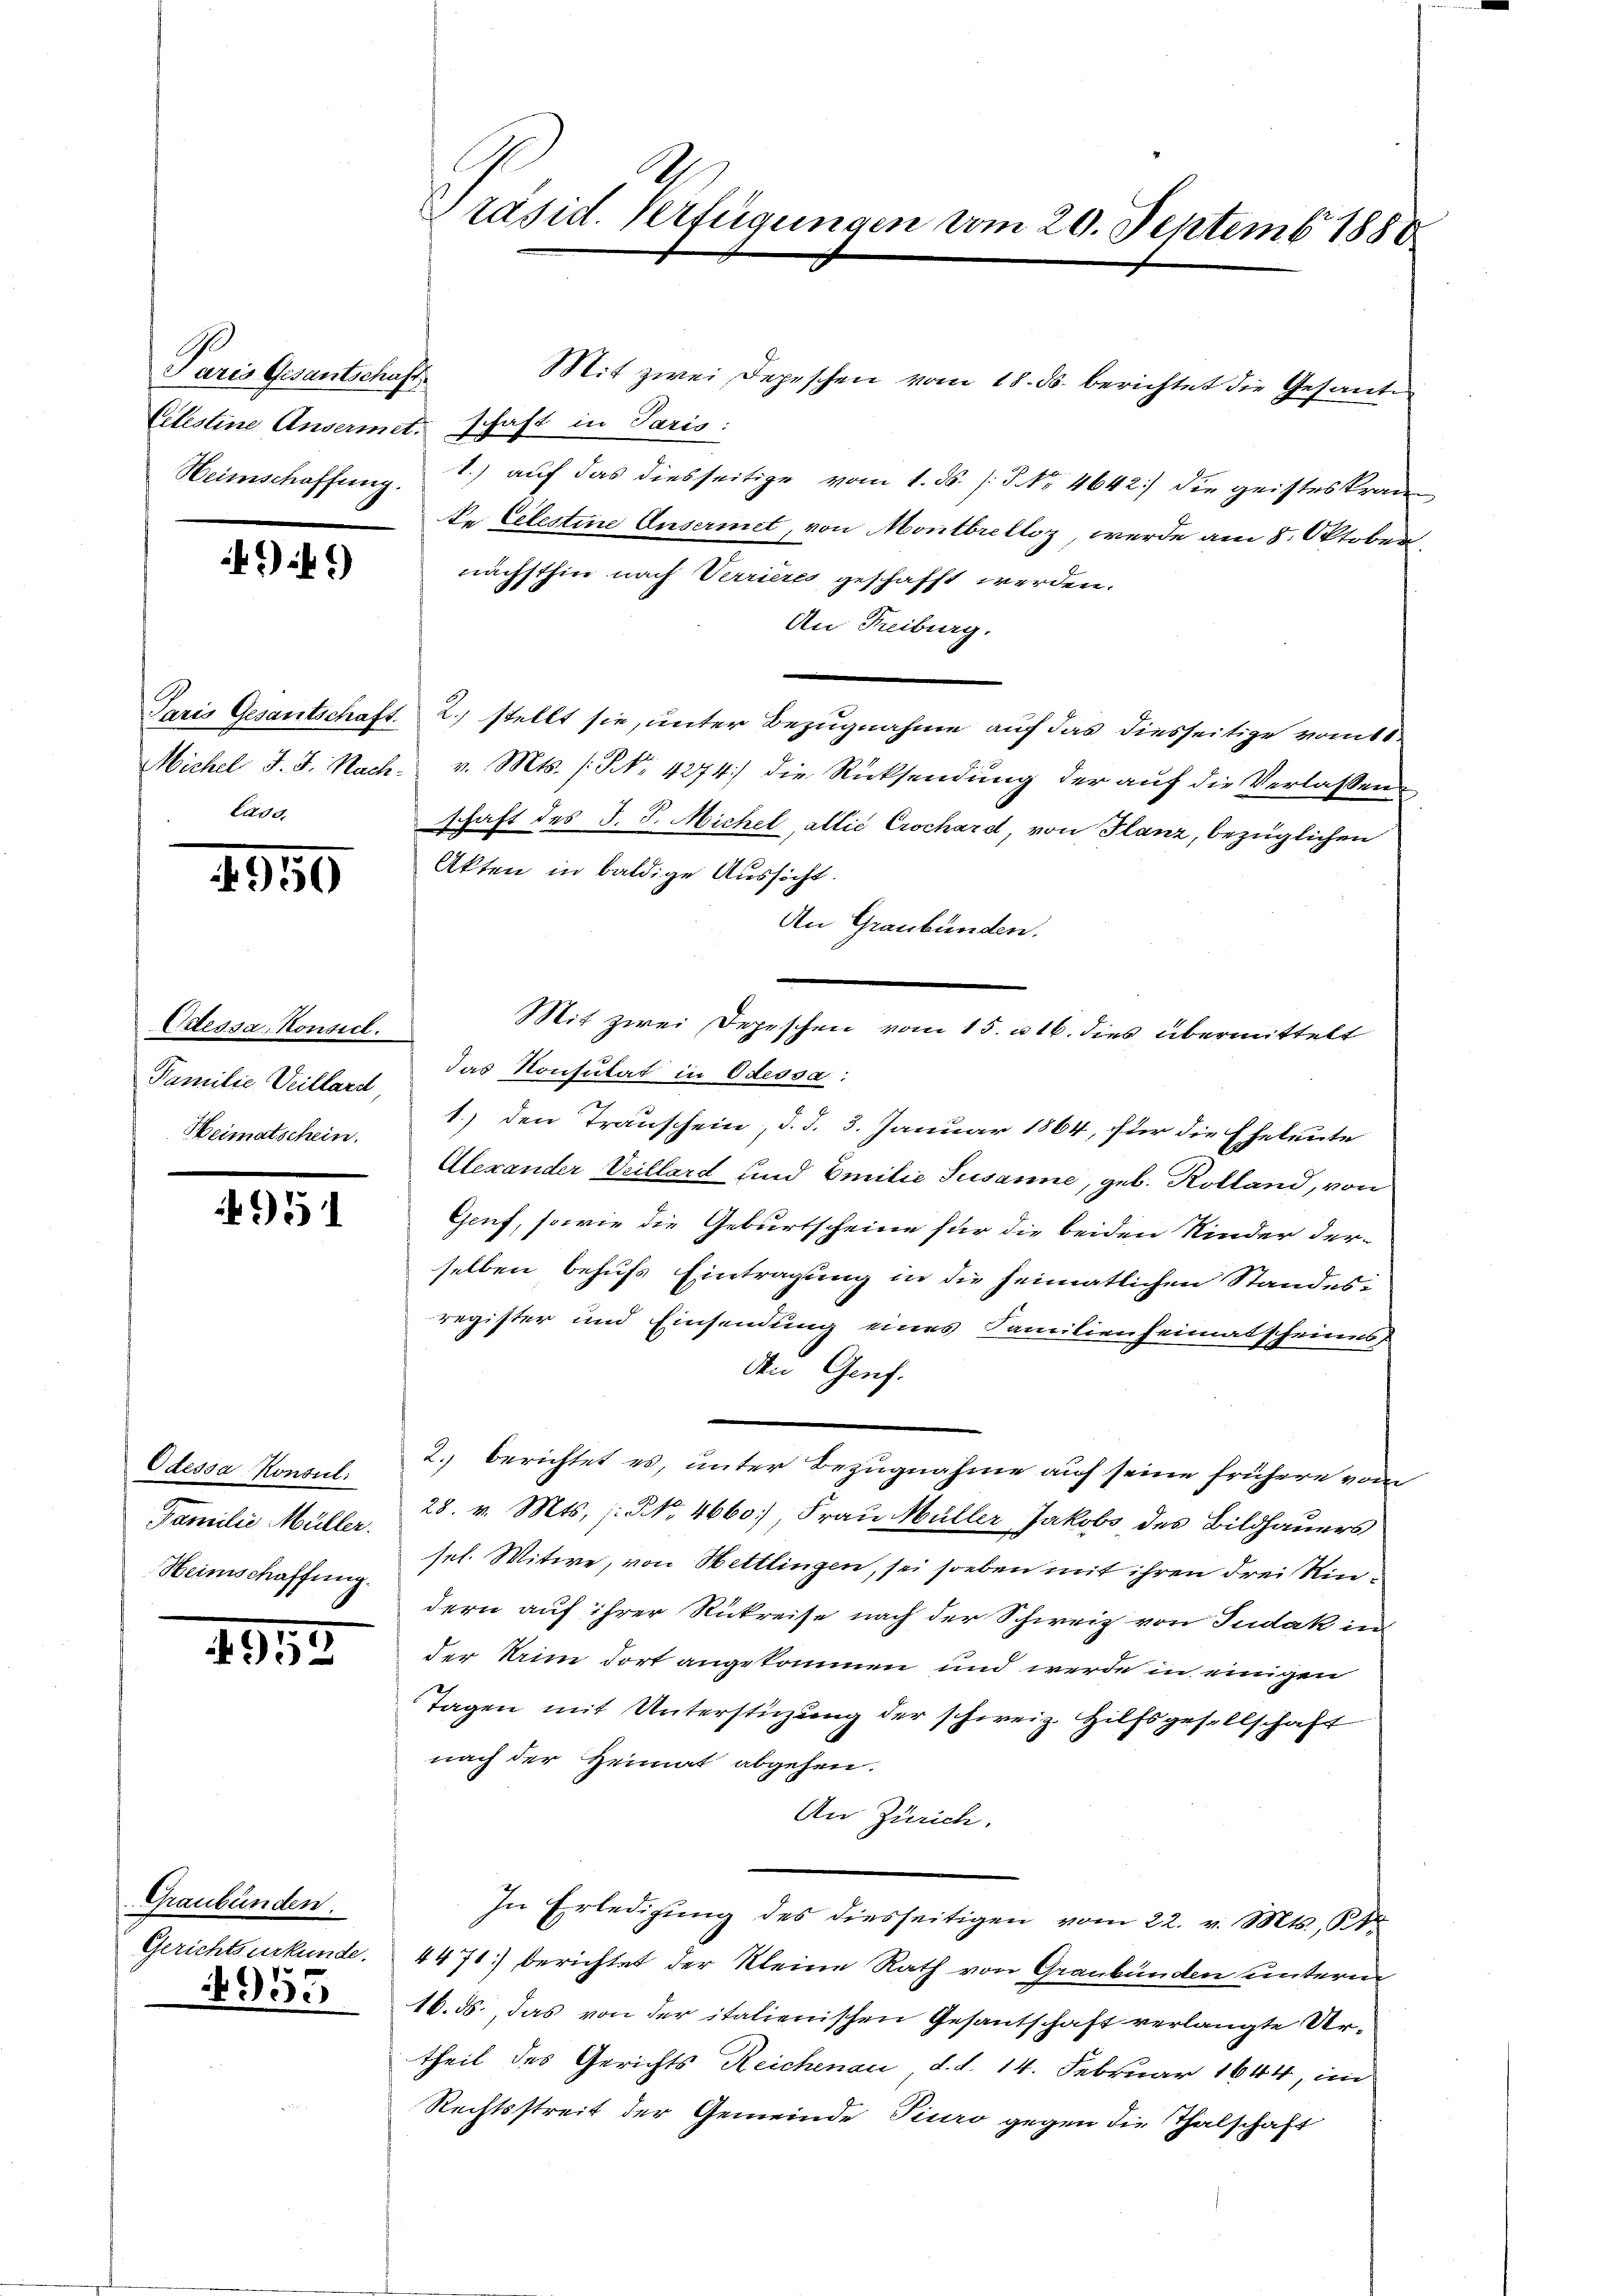
Paris Gesantschaft

449)

4959

Odessa, Konsil.
Familie Veillard,
Heimatschein.

4951

Odessa Konsul
Familie Müller.
Heimschaffung.

1953

Graubünden.
Gerichtsurkunde.

4955

Präsid. Verfügungen vom 20. Septemb. 1888

Mit zwei Depeschen vom 18. ds. berichtet die Gesand
Citestine Ansermet. Schaft in Paris:
Heimschaffung. 7) auf das diesseitige vom 1. ds. /: No 4642) die geisteskrante Celestine Ansermet, von Montbrelloz, werde am 8. Oktober,
nächsthin nach Verrieres geschafft werden.
An Freiburg.
Paris Gesantschaft. 2) stellt sie, unter Bezugnahme auf das diesseitige vom 10.
Michel J. J. Nach v. Mts. (N. 4274) die Rücksendung der auf die Verlassende
schaft des J. J. Michel, allić Crochard, von Glanz, bezüglichen
Akten in baldige Aussicht.
An Graubünden.
das Konsulat in Odessa:
1.) den Transchein, d. d. 3. Januar 1864, für die Eheleute
Alexander Veillard und Emilie Susanne, geb. Kolland, von
Geuf, sowie die Geburtscheine für die beiden Kinder der-
selben behufs Eintragung in die heimatlichen Standes-
register und Einsendung eines Familienheimatscheines
An Genf.
2. berichtet es, unter Bezugnahme auf seine frühere von
28. v. Mts. (: NNo. 4660) Frau Müller Jakobs des Bildhauers
sel. Mitwe, von Hettlingen, sei soeben mit ihren drei Rindern auf ihrer Rükreise nach der Schweiz von Judak in
der im dort angekommen und werde in einigen
Tagen mit Unterstüzung der schweiz. Hilfsgesellschaft
nach der Heimat abgehen.
An Zürich.
In Erledigŭng des diesseitigen vom 22. v. Mts., § 1
4471) berichtet der Kleine Rath von Graubünden unterm
16. ds., das von der italienischen Gesantschaft verlangte Urtheil des Gerichts Reichenau d. d. 14. Februar 1844, im
Rechtsstreit der Gemeinde Tiuro gegen die Thalschaft

Mit zwei Depeschen vom 15. u 16. dies übermittelt